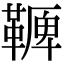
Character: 𩌛